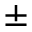
\pm